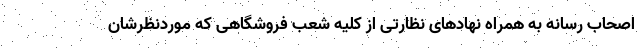
اصحاب رسانه به همراه نهادهای نظارتی از کلیه شعب فروشگاهی که موردنظرشان